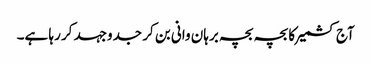
آج کشمیر کا بچہ بچہ برہان وانی بن کر جدوجہد کر رہا ہے۔